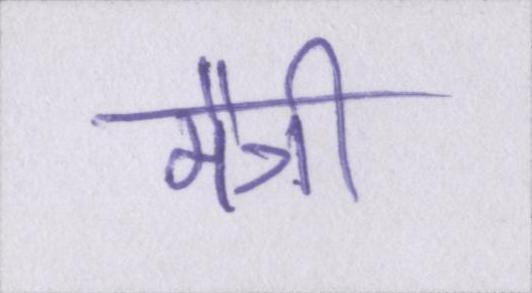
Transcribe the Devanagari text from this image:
मैत्री